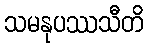
သမနုပဿသီတိ